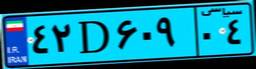
۴۲D۶۰۹۰۴